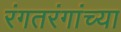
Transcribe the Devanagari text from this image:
रंगतरंगांच्या